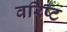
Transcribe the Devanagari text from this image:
वरिष्‍ट